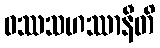
ဝဿသဟဿာနီတိ